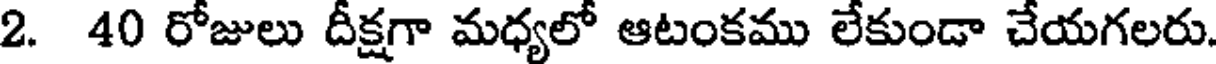
2. 40 రోజులు దీక్షగా మధ్యలో ఆటంకము లేకుండా చేయగలరు.